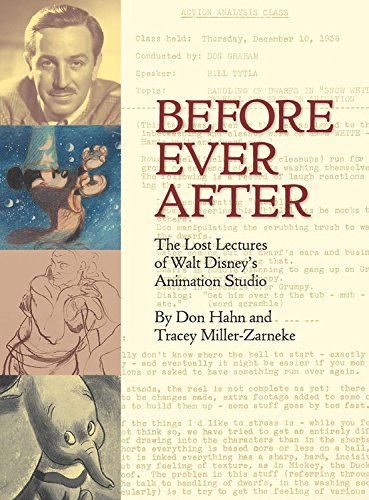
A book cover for Before Ever After: The Lost Lectures of Walt DisneyEEs Animation Studio (Disney Editions Deluxe); Don Hahn; Arts & Photography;